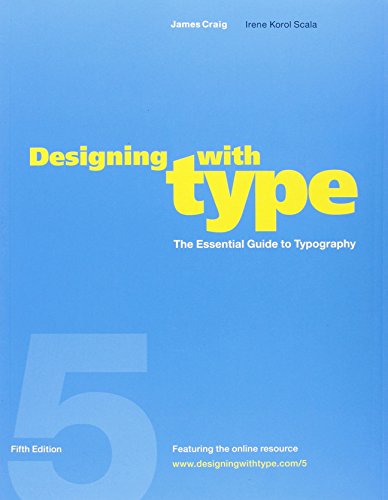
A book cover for Designing with Type, 5th Edition: The Essential Guide to Typography; James Craig; Arts & Photography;